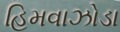
હિમવાઝોડા